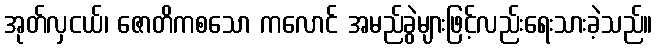
အုတ်လှငယ်၊ ဇောတိကစသော ကလောင် အမည်ခွဲများဖြင့်လည်းရေးသားခဲ့သည်။